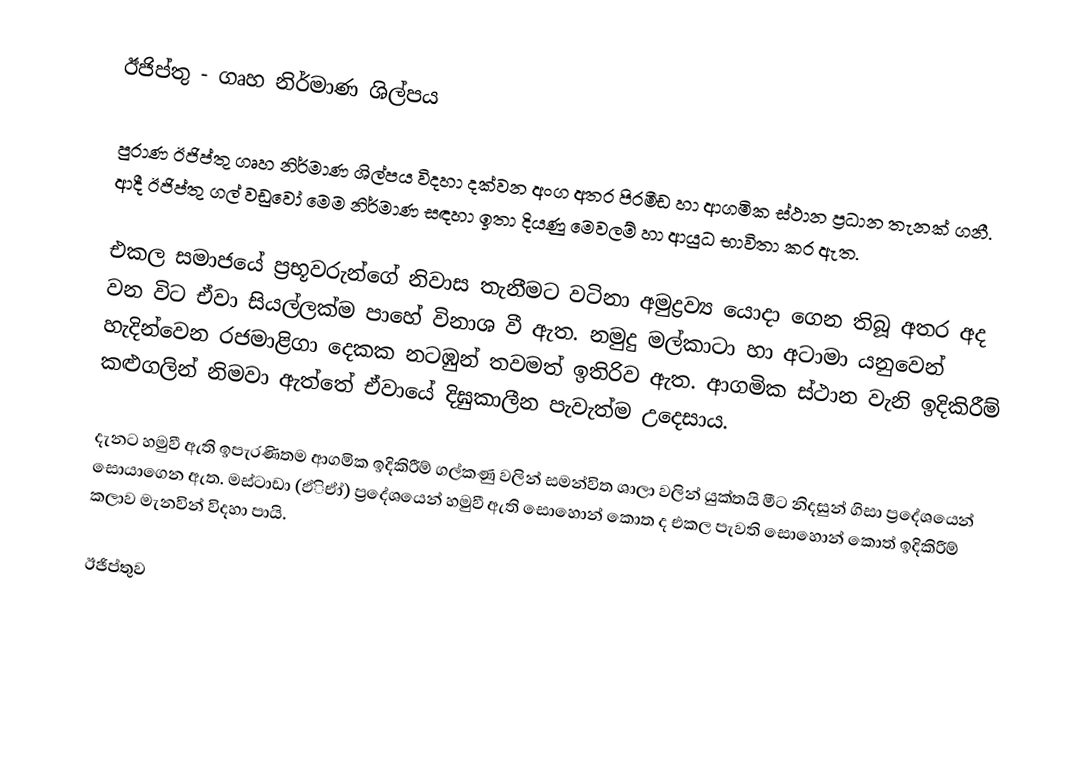
ඊජිප්තු - ගෘහ නිර්මාණ ශිල්පය

පුරාණ ඊජිප්තු ගෘහ නිර්මාණ ශිල්පය විදහා දක්වන අංග අතර පිරමීඩ හා ආගමික ස්ථාන ප්‍රධාන තැනක් ගනී. ආදී ඊජිප්තු ගල් වඩුවෝ මෙම නිර්මාණ සඳහා ඉතා දියණු මෙවලම් හා ආයුධ භාවිතා කර ඇත.

එකල සමාජයේ ප්‍රභූවරුන්ගේ නිවාස තැනීමට වටිනා අමුද්‍රව්‍ය යොදා ගෙන තිබූ අතර අද වන විට ඒවා සියල්ලක්ම පාහේ විනාශ වී ඇත.  නමුදු මල්කාටා හා අටාමා යනුවෙන් හැදින්වෙන රජමාළිගා දෙකක නටඹුන් තවමත් ඉතිරිව ඇත.  ආගමික ස්ථාන වැනි ඉදිකිරීම් කළුගලින් නිමවා ඇත්තේ ඒවායේ දිඝුකාලීන පැවැත්ම උදෙසාය.

දැනට හමුවී ඇති ඉපැරණිතම ආගමික ඉදිකිරීම් ගල්කණු වලින් සමන්විත ශාලා වලින් යුක්තයි මීට නිදසුන් ගිසා ප්‍රදේශයෙන් සොයාගෙන ඇත.  මස්ටාඩා (ඵ්ිඒා්) ප්‍රදේශයෙන් හමුවී ඇති සොහොන් කොත ද එකල පැවති සොහොන් කොත් ඉදිකිරීම් කලාව මැනවින් විදහා පායි.

ඊජිප්තුව